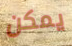
يمكن